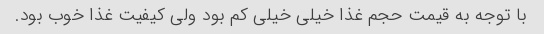
با توجه به قیمت حجم غذا خیلی خیلی کم بود ولی کیفیت غذا خوب بود.